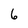
Character: 6